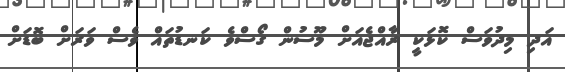
އަދި މިދުވަސް ކޮޅަކީ ރާއްޖެއަށް މޫސުން ގޯސްވެ ކަނޑުތައް ވެސް ވަރަށް ބޮޑަށް